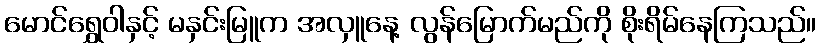
မောင်ရွှေဝါနှင့် မနှင်းမြူက အလှူနေ့ လွန်မြောက်မည်ကို စိုးရိမ်နေကြသည်။